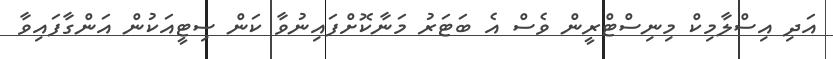
އަދި އިސްލާމިކް މިނިސްޓްރީން ވެސް އެ ބަޓަރު މަނާކޮށްފައިނުވާ ކަން ސިޓީއަކުން އަންގާފައިވާ